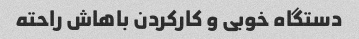
دستگاه خوبی و کارکردن باهاش راحته